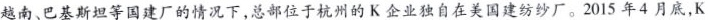
越南、巴基斯坦等国建厂的情况下，总部位于杭州的K企业独自在美国建纺纱厂。2015年4月底，K